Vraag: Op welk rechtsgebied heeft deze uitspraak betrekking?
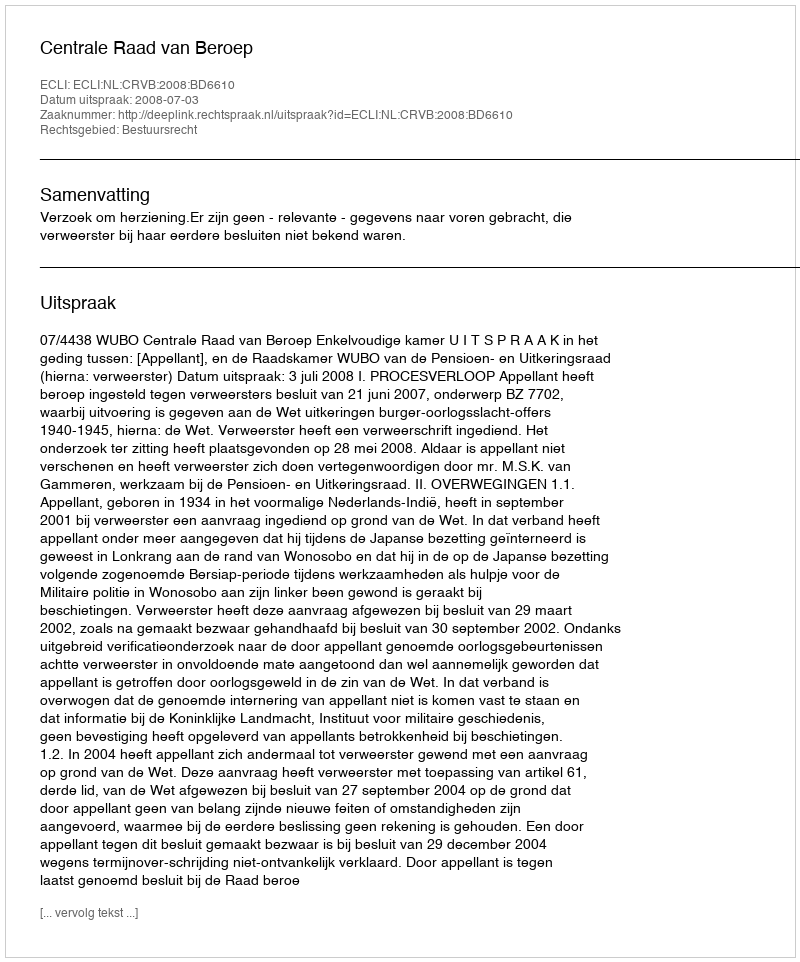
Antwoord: Bestuursrecht